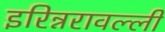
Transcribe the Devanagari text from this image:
इरिन्नरावल्ली